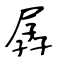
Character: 孱